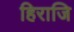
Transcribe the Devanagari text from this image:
हिराजि